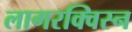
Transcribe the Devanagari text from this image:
लागरक्विस्न